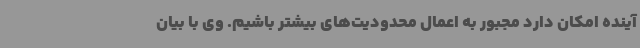
آینده امکان دارد مجبور به اعمال محدودیت‌های بیشتر باشیم. وی با بیان